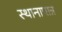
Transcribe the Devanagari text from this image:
स्थानापान्न